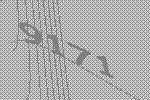
9171